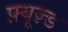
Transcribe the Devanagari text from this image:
फ़्यूज़्ड